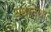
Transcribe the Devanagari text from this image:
यथातथा